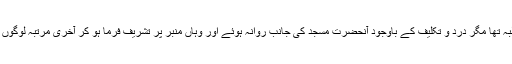
اگرچہ مرض کا غلبہ تھا مگر درد و تکلیف کے باوجود آنحضرت مسجد کی جانب روانہ ہوئے اور وہاں منبر پر تشریف فرما ہو کر آخری مرتبہ لوگوں سے خطاب فرمایا۔